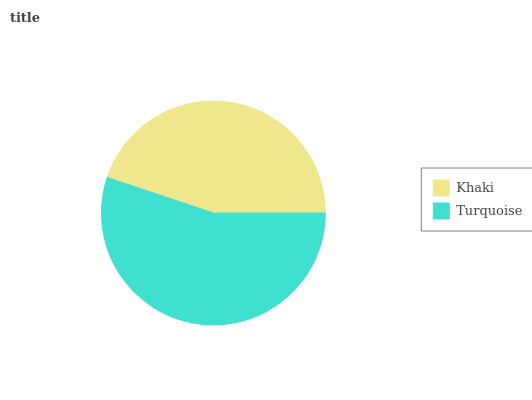
| Khaki | Turquoise |
 | --- | --- |
 | 44.9% | 55.1% |